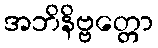
အဘိနိဗ္ဗတ္တော